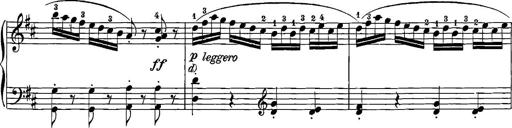
Title: 12 Sonatinas
Composer: Ignaz Pleyel